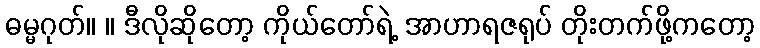
ဓမ္မဂုတ်။ ။ ဒီလိုဆိုတော့ ကိုယ်တော်ရဲ့ အာဟာရဇရုပ် တိုးတက်ဖို့ကတော့